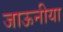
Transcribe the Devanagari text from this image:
जाऊनीया